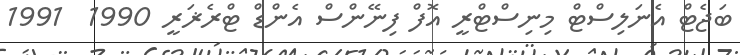
ބަޖެޓް އެނަލިސްޓް މިނިސްޓްރީ އޮފް ފިނޭންސް އެންޑް ޓްރެޜަރީ 1990  1991